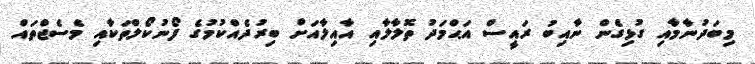
މިބަދުނާމާއި ގުޅިގެން ނާއިބު ރައީސް އަޙްމަދު ތޮލާލާއި އާއިލާއަށް ބިރުދެއްކުމުގެ ފޯނުކޯލްތަކާއި މެސެޖްތައް